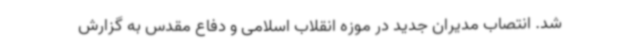
شد. انتصاب مدیران جدید در موزه انقلاب اسلامی و دفاع مقدس به گزارش